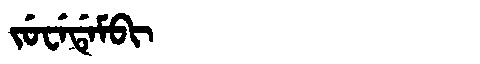
Manchu: ᠵᡠᠸᡝᡩᡝᠮᠪᡳ
Romanization: JUWEDEMBI